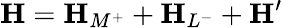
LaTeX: \mathbf{H}=\mathbf{H}_{M^{+}}+\mathbf{H}_{L^{-}}+\mathbf{H}^{\prime}